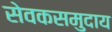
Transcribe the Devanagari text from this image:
सेवकसमुदाय